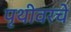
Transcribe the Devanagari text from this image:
पृथीवरचे